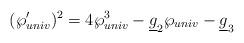
LaTeX: \begin{align*}(\wp_{univ}')^2=4\wp_{univ}^3-\underline g_2\wp_{univ}-\underline g_3\end{align*}